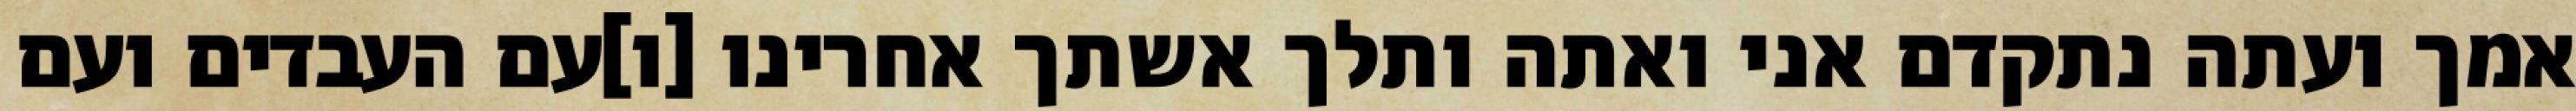
אמך ועתה נתקדם אני ואתה ותלך אשתך אחרינו [ו]עם העבדים ועם